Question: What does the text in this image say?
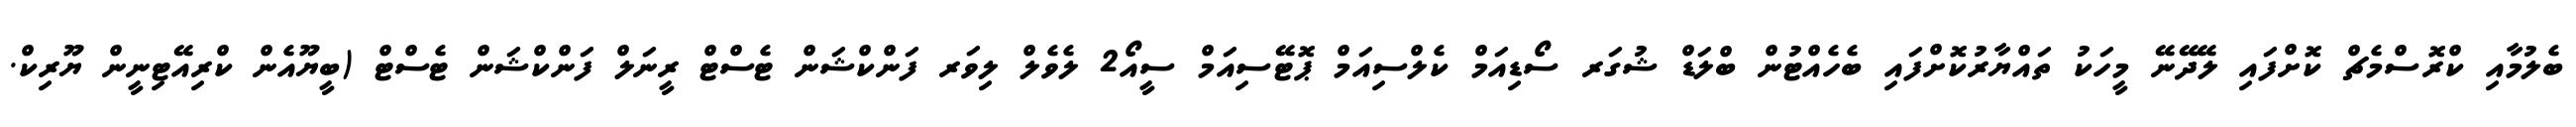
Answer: ބެލުމާއި ކްރޮސްމެޗް ކޮށްފައި ލޭދޭނޭ މީހަކު ތައްޔާރުކޮށްފައި ބެހެއްޓުން ބްލަޑް ޝުގަރ ސޯޑިއަމް ކެލްސިއަމް ޕޮޓޭސިއަމް ސީއޯ2 ލެވެލް ލިވަރ ފަންކްޝަން ޓެސްޓް ރީނަލް ފަންކްޝަން ޓެސްޓް (ބީޔޫއެން ކްރިއޭޓިނީން ޔޫރިކް.